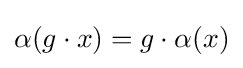
\alpha (g\cdot x)=g\cdot \alpha (x)